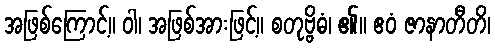
အဖြစ်ကြောင့်။ ဝါ၊ အဖြစ်အားဖြင့်။ စတုဗ္ဗိဓံ၊ ၏။ ဧဝံ ဇာနာတီတိ၊